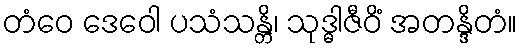
တံဝေ ဒေဝေါ ပသံသန္တိ၊ သုဒ္ဓါဇီဝိံ အတန္ဒိတံ။